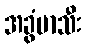
အခွံမာသီး